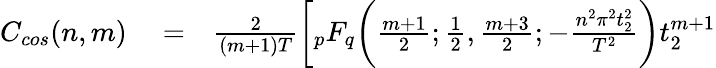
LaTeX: \begin{array}{rlr}{C_{cos}(n,m)}&{{}=}&{\frac{2}{(m+1)T}\bigg[{}_{p}F_{q}\bigg(\frac{m+1}{2};\frac{1}{2},\frac{m+3}{2};-\frac{n^{2}\pi^{2}t_{2}^{2}}{T^{2}}\bigg)t_{2}^{m+1}}\end{array}